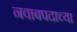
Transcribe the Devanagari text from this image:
नवाबपदाच्या